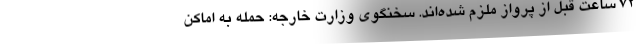
۷۲ ساعت قبل از پرواز ملزم شده‌اند. سخنگوی وزارت خارجه: حمله به اماکن